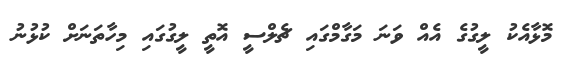
މޮޅާއެކު ލީގުގެ އެއް ވަނަ މަގާމްގައި ޗެލްސީ އޮތީ ލީގުގައި މިހާތަނަށް ކުޅުނު